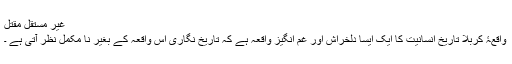
غیر مستقل مقتل
واقعۂ کربلا تاریخ انسانیت کا ایک ایسا دلخراش اور غم انگیز واقعہ ہے کہ تاریخ نگاری اس واقعہ کے بغیر نا مکمل نظر آتی ہے ۔